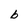
Character: b